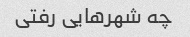
چه شهرهایی رفتی